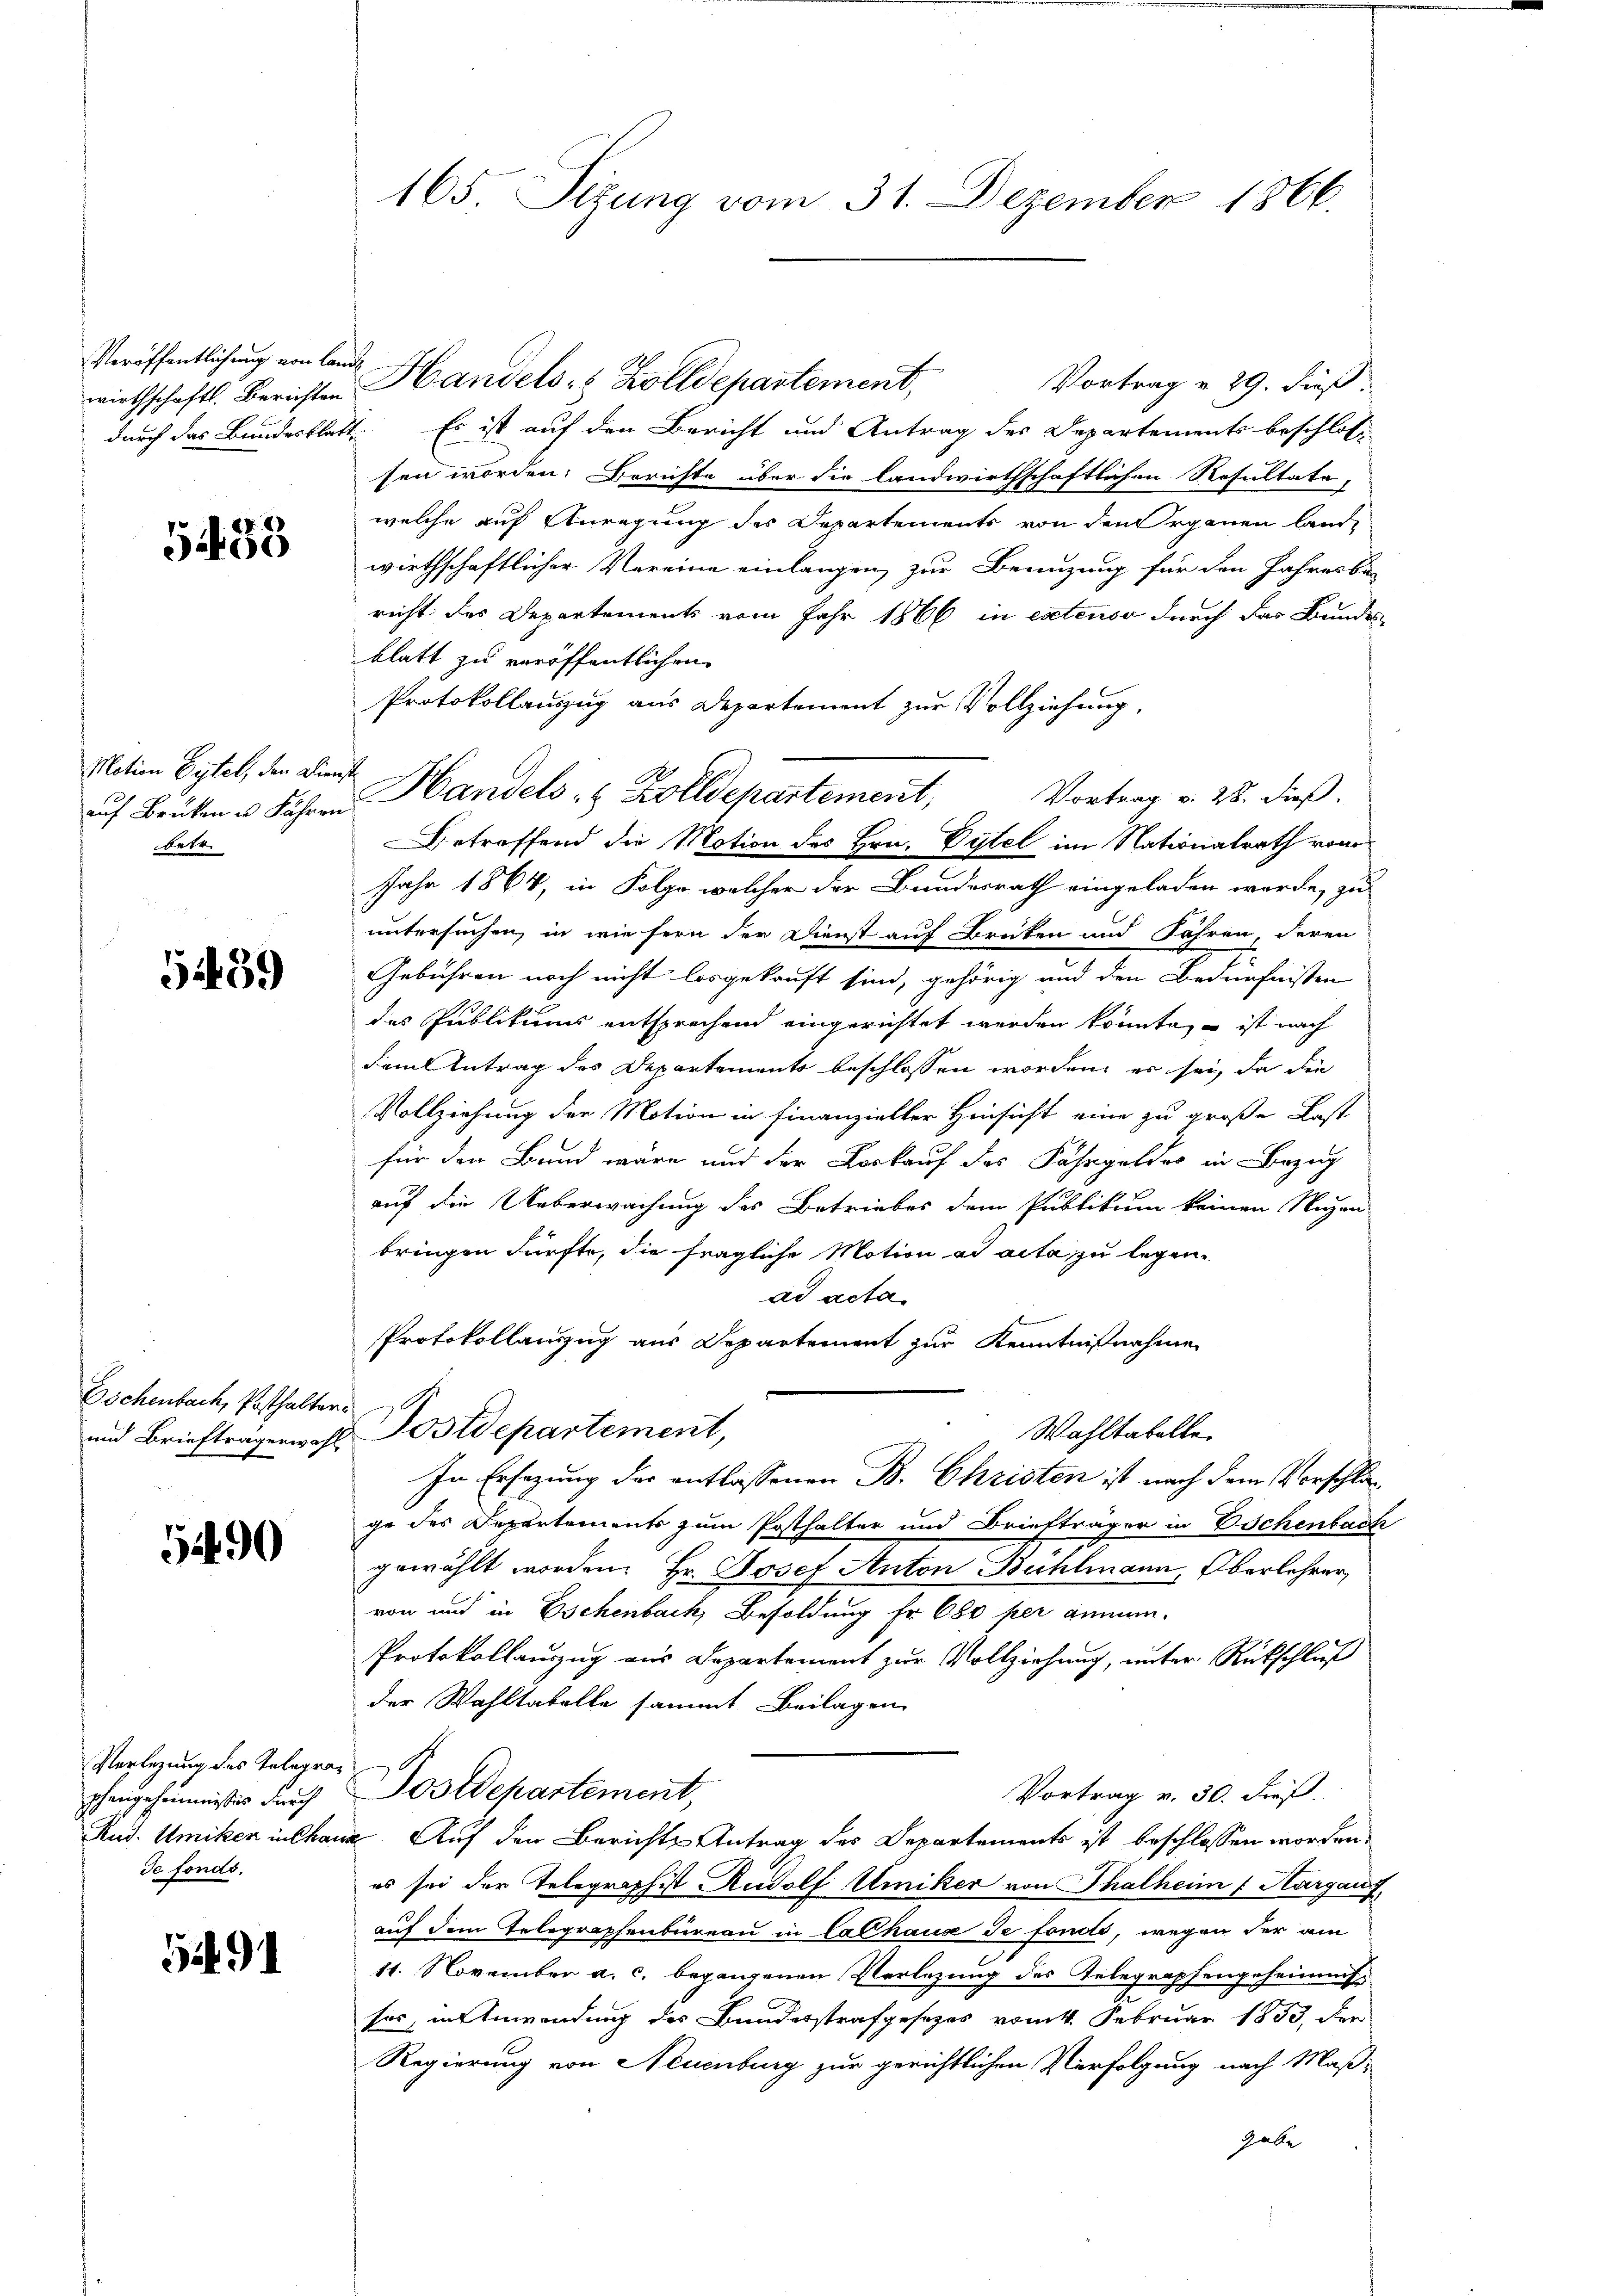
wirthschaftl. Berichten.

433

Motion Gytel, den Dien
auf Brüken u. Fähren
betr.

5459

Eschenbach, Posthalter
und Briefträgerwahl

5490

Verlegung des Telege
phengehemmnisses durch
Rud. Umiken in Cha
Je fonds.

5491

165. Sitzung vom 31. Dezember 1866.

Veröffentlichung ein Land Handels 8 Zolldepartement,
Vortrag v. 29. dieß.
durch das Bundesblatt. Es ist auf den Bericht und Antrag des Departements beschlos
sen worden: Berichte über die landwirthschaftlichen Resultate
welche auf Anregung des Departements von den Organen langt
wirthschaftlicher Vereine einlangen, zur Benuzung für den Jahresbe-
richt des Departements vom Jahr 1866 in extenso durch des Bundes
blatt zu veröffentlichen
Protokollauszug aus Departement zur Vollziehung,
t
Vortrag v. 28. dieß,
Betreffend die Motion des Hrn. Pytel im Nationalrath von
Jahr 1864, in Folge welcher der Bundesrath eingeladen werde, zu
untersuchen, in wie fern der Dienst auf Brüken und Fähren, deren
Gebühren noch nicht losgekauft sind, gehörig und den Bedürfnissen
des Publikums entsprechend eingerichtet werden könnte, – ist nach
daml Antrag des Departements beschlossen worden, er sei, da die
Vollziehung der Motion in Finanzieller Hinsicht eine zu große Last
für den Band wäre und der Loskauf des Fahrgeldes in Bezug
auf die Ueberwachung des Betriebes dem Publikum keinen Nuzen
bringen dürfte, die fragliche Motion ad acta zu legen.
ad acta
s
Protokollauszug aus Departement zur Kenntnißnahme
Postdepartement,
Wahltabelle.
In Ersazung der entlassenen B. Christen ist nach dem Vorschlage des Departements zum Posthalter und Briefträger in Eschenbach
gewählt worden. Hr. Josef Anton Bühlmann, Oberlehrer,
von und in Eschenbach, Besoldung fr. 680 her genen.
Protokollauszug aus Departement zur Vollziehung, unter Rückschluß
der Wahltabelle sammt. Beilagen
Postdepartement,
Vortrag v. 30. dieß.
. Auf den Berichts Antrag des Departements ist beschlossen worden.
es sei der Telegraph ist Rudolf Umiker von Thalheim ( Aargau,
auf dem Telegraphenbüreau in Cathaus de fondo, wegen der am
11. November a. c. begangenen Verlegung des Telegraphengeheims
sor, in Anwendung des Bundesstrafgesezes vom 4. Februar 1853, den
Regierung von Neuenburg zur gerichtlichen Verfolgung nach Maßhabe

Handels- & Zolldepartement,